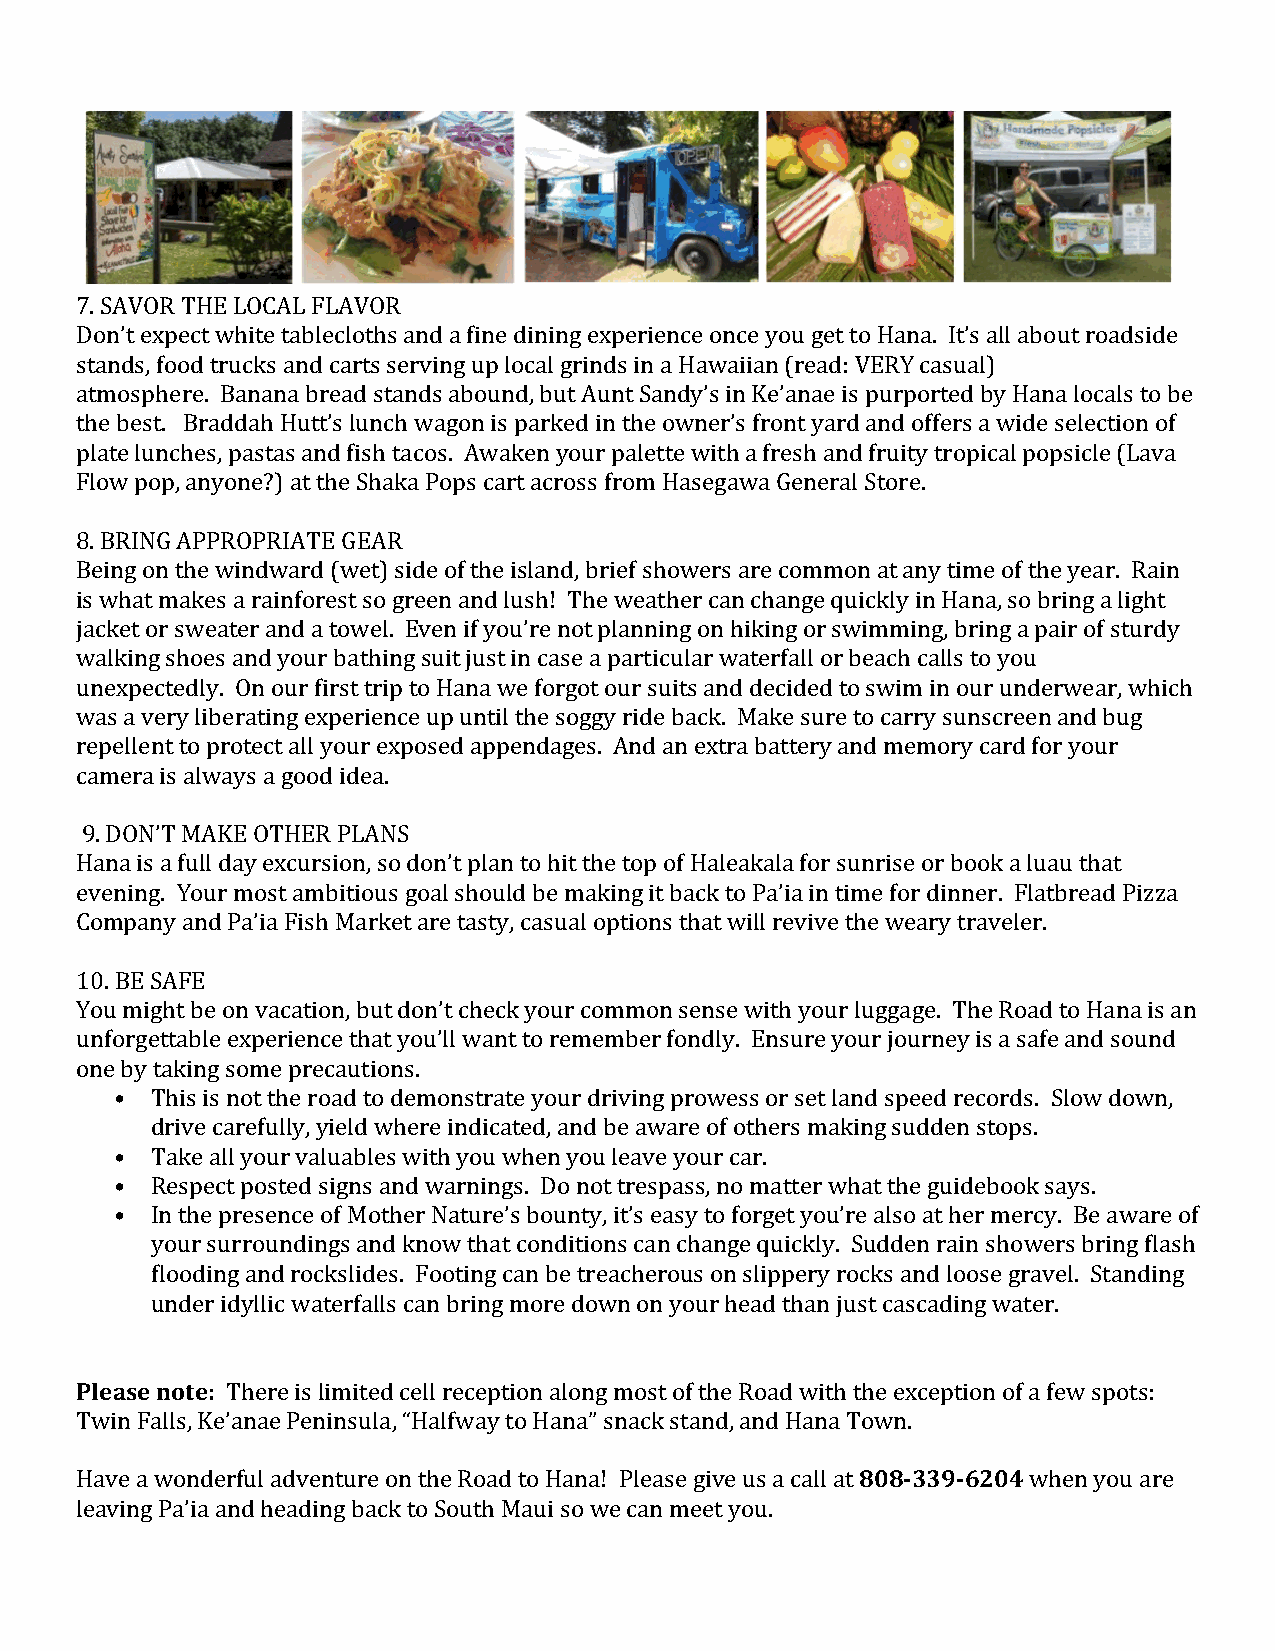
7. SAVOR THE LOCAL FLAVOR
 Don’t expect white tablecloths and a fine dining experience once you get to Hana. It’s all about roadside
 stands, food trucks and carts serving up local grinds in a Hawaiian (read: VERY casual)
 atmosphere. Banana bread stands abound, but Aunt Sandy’s in Ke’anae is purported by Hana locals to be
 the best. Braddah Hutt’s lunch wagon is parked in the owner’s front yard and offers a wide selection of
 plate lunches, pastas and fish tacos. Awaken your palette with a fresh and fruity tropical popsicle (Lava
 Flow pop, anyone?) at the Shaka Pops cart across from Hasegawa General Store.
 8. BRING APPROPRIATE GEAR
 Being on the windward (wet) side of the island, brief showers are common at any time of the year. Rain
 is what makes a rainforest so green and lush! The weather can change quickly in Hana, so bring a light
 jacket or sweater and a towel. Even if you’re not planning on hiking or swimming, bring a pair of sturdy
 walking shoes and your bathing suit just in case a particular waterfall or beach calls to you
 unexpectedly. On our first trip to Hana we forgot our suits and decided to swim in our underwear, which
 was a very liberating experience up until the soggy ride back. Make sure to carry sunscreen and bug
 repellent to protect all your exposed appendages. And an extra battery and memory card for your
 camera is always a good idea.
 9. DON’T MAKE OTHER PLANS
 Hana is a full day excursion, so don’t plan to hit the top of Haleakala for sunrise or book a luau that
 evening. Your most ambitious goal should be making it back to Pa’ia in time for dinner. Flatbread Pizza
 Company and Pa’ia Fish Market are tasty, casual options that will revive the weary traveler.
 10. BE SAFE
 You might be on vacation, but don’t check your common sense with your luggage. The Road to Hana is an
 unforgettable experience that you’ll want to remember fondly. Ensure your journey is a safe and sound
 one by taking some precautions.
 • This is not the road to demonstrate your driving prowess or set land speed records. Slow down,
 drive carefully, yield where indicated, and be aware of others making sudden stops.
 • Take all your valuables with you when you leave your car.
 • Respect posted signs and warnings. Do not trespass, no matter what the guidebook says.
 • In the presence of Mother Nature’s bounty, it’s easy to forget you’re also at her mercy. Be aware of
 your surroundings and know that conditions can change quickly. Sudden rain showers bring flash
 flooding and rockslides. Footing can be treacherous on slippery rocks and loose gravel. Standing
 under idyllic waterfalls can bring more down on your head than just cascading water.
 Please note: There is limited cell reception along most of the Road with the exception of a few spots:
 Twin Falls, Ke’anae Peninsula, “Halfway to Hana” snack stand, and Hana Town.
 Have a wonderful adventure on the Road to Hana! Please give us a call at 808-339-6204 when you are
 leaving Pa’ia and heading back to South Maui so we can meet you.